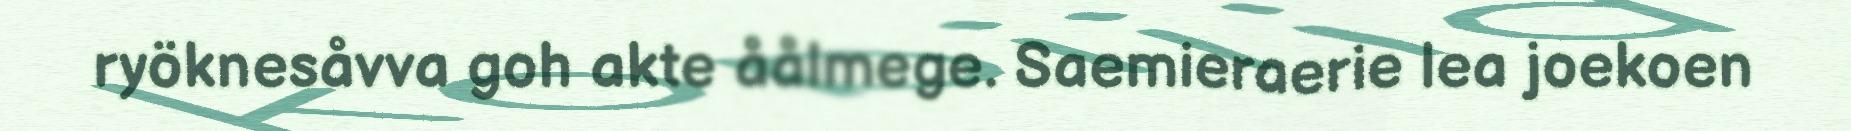
ryöknesåvva goh akte åålmege. Saemieraerie lea joekoen